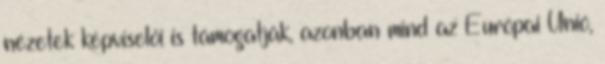
nézetek képviselői is támogatják, azonban mind az Európai Unió,